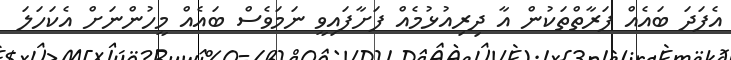
އެފަދަ ބައެއް ފަރާތްތަކުން އާ ދިރިއުޅުމެއް ފަށާފައިވީ ނަމަވެސް ބައެއް މީހުންނަށް އެކަހަލަ